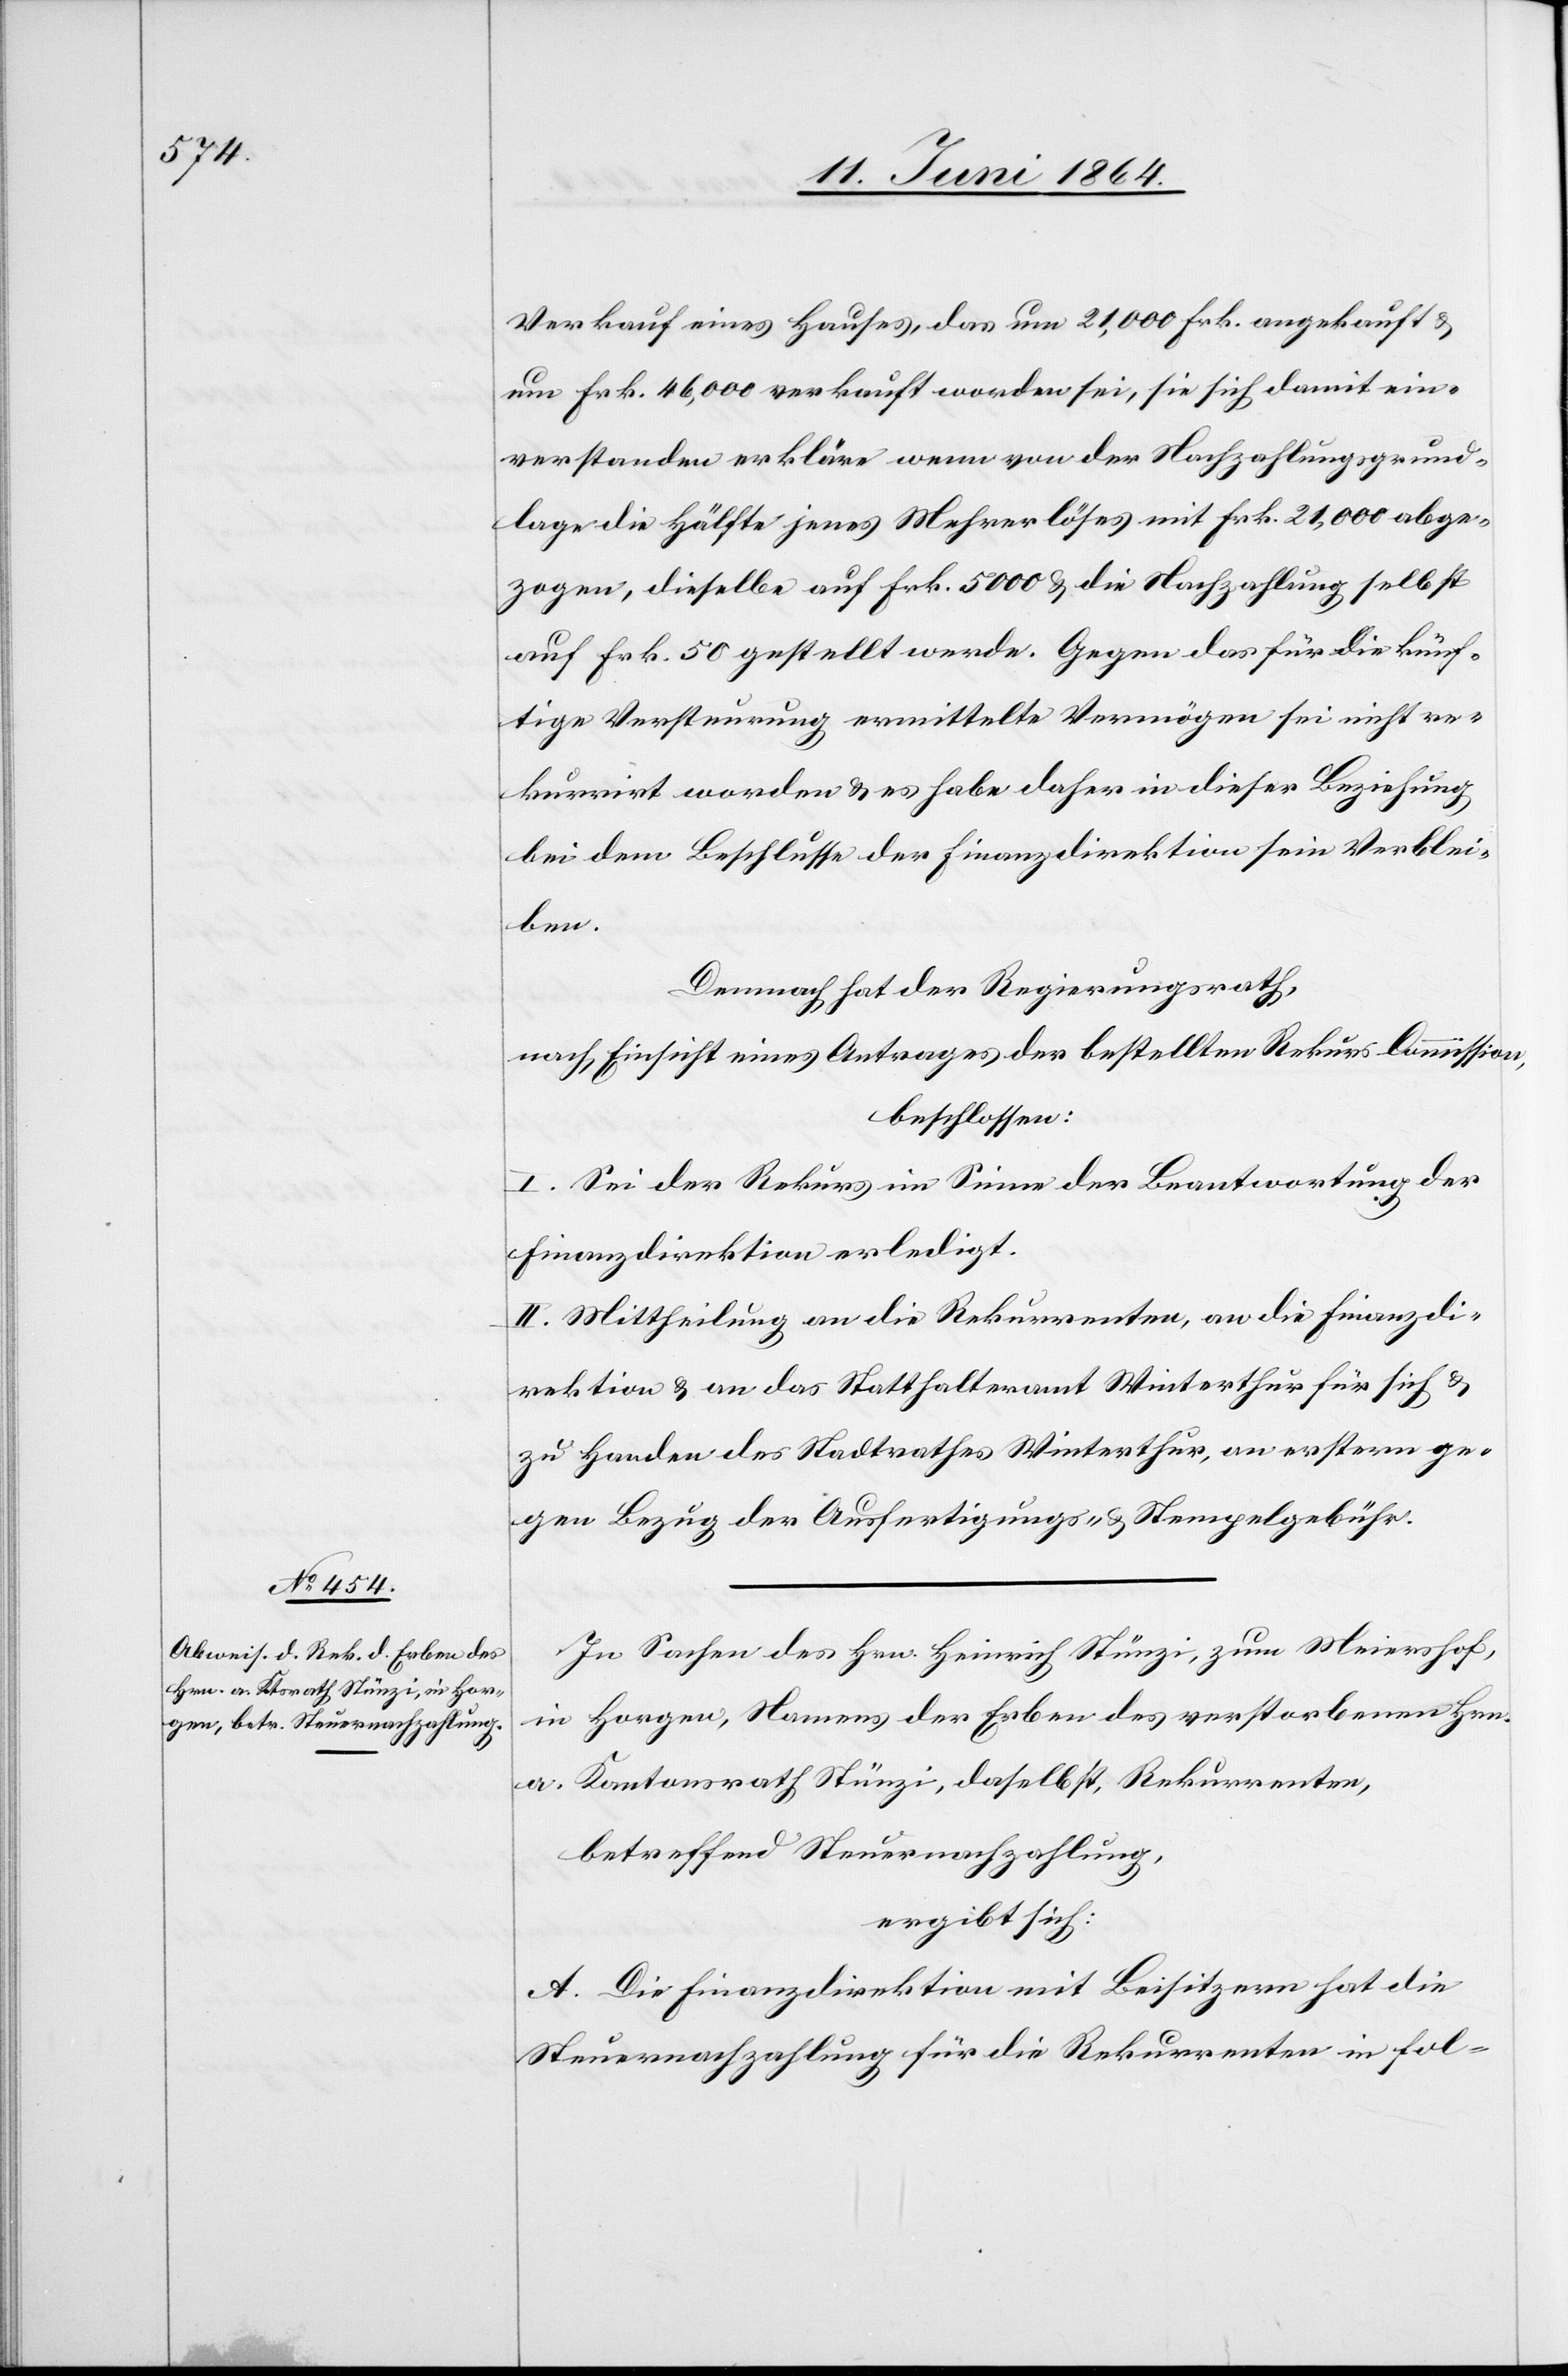
Verkauf eines Hauses, das um 21,000 Frk. angekauft u.
um Frk. 46,000 verkauft worden sei, sie sich damit ein¬
verstanden erkläre wenn von der Nachzahlungsgrund¬
lage die Hälfte jenes Mehrerlöses mit Frk. 21,000 abge¬
zogen, dieselbe auf Frk. 5000 u. die Nachzahlung selbst
auf Frk. 50 gestellt werde. Gegen das für die künf¬
tige Versteuerung ermittelte Vermögen sei nicht re¬
kurrirt worden u. es habe daher in dieser Beziehung
bei dem Beschlusse der Finanzdirektion sein Verblei¬
ben.
Demnach hat der Regierungsrath,
nach Einsicht eines Antrages der bestellten Rekurs-Commission,
beschlossen:
I. Sei der Rekurs im Sinne der Beantwortung der
Finanzdirektion erledigt.
II. Mittheilung an die Rekurrenten, an die Finanzdi¬
rektion u. an das Statthalteramt Winterthur für sich u.
zu Handen des Stadtrathes Winterthur, an erstern ge¬
gen Bezug der Ausfertigungs- u. Stempelgebühr.
In Sachen des Hrn. Heinrich Stünzi, zum Meiershof,
in Horgen, Namens der Erben des verstorbenen Hrn.
a. Kantonsrath Stünzi, daselbst, Rekurrenten,
betreffend Steuernachzahlung,
ergibt sich:
A. Die Finanzdirektion mit Beisitzern hat die
Steuernachzahlung für die Rekurrenten in fol-